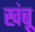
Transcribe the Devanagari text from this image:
खंबू